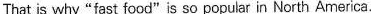
That is why "fast food" is so popular in North America.